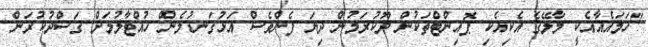
"ހަމައެއާއެކީ މާލޭގެ އެކިއެކި ޕޮއިންޓްތަކުން ދޫކުރަމުން ދިޔަ ފެންވެސް އަޅުގަނޑުމެން ހުއްޓާލުމަށް ގަސްދުކުރަން